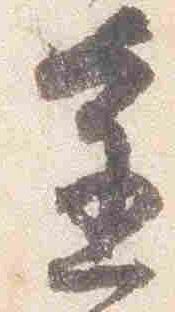
進